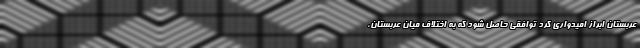
عربستان ابراز امیدواری کرد توافقی حاصل شود که به اختلاف میان عربستان،